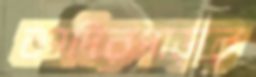
কাদিরপাড়ার